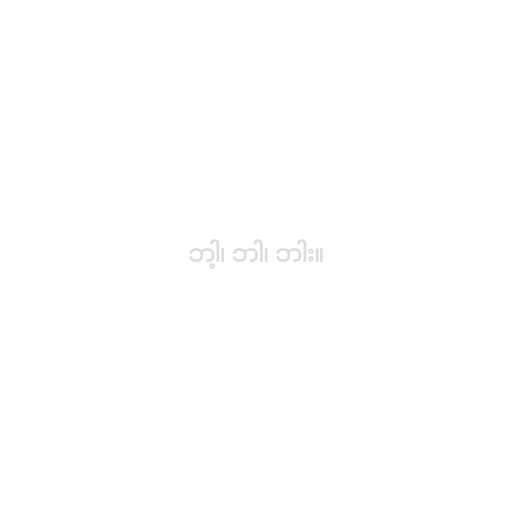
ဘါ့၊ ဘါ၊ ဘါး။